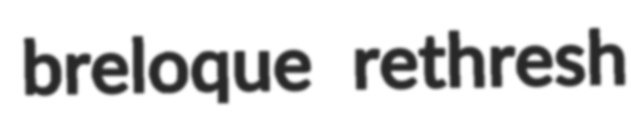
breloque rethresh